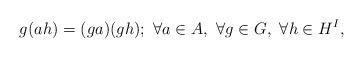
LaTeX: \begin{align*}g(ah)=(ga)(gh); \ \forall a\in A, \ \forall g\in G, \ \forall h\in H^I,\end{align*}